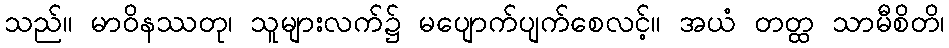
သည်။ မာဝိနဿတု၊ သူများလက်၌ မပျောက်ပျက်စေလင့်။ အယံ တတ္ထ သာမီစိတိ၊